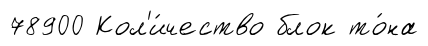
78900 Кол'и́чество блок то́на